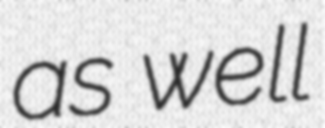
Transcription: as well